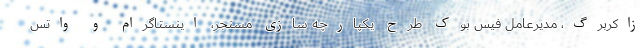
زاکربرگ، مدیرعامل فیس بوک طرح یکپارچه سازی مسنجر، اینستاگرام و واتس